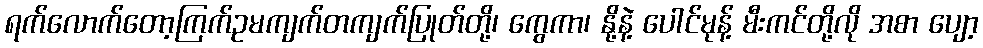
ရက်လောက်တော့ကြက်ဥမကျက်တကျက်ပြုတ်တို့၊ ကွေကာ၊ နို့နဲ့ ပေါင်မုန့် မီးကင်တို့လို အစာ ပျော့